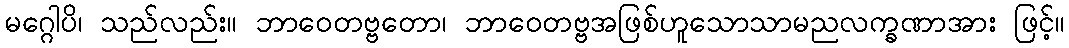
မဂ္ဂေါပိ၊ သည်လည်း။ ဘာဝေတဗ္ဗတော၊ ဘာဝေတဗ္ဗအဖြစ်ဟူသောသာမညလက္ခဏာအား ဖြင့်။